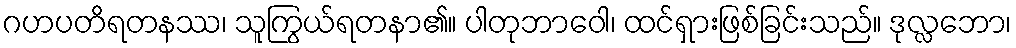
ဂဟပတိရတနဿ၊ သူကြွယ်ရတနာ၏။ ပါတုဘာဝေါ၊ ထင်ရှားဖြစ်ခြင်းသည်။ ဒုလ္လဘော၊